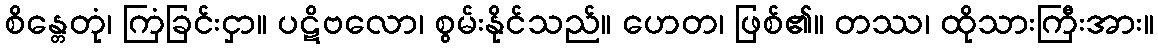
စိန္တေတုံ၊ ကြံခြင်းငှာ။ ပဋိဗလော၊ စွမ်းနိုင်သည်။ ဟေတ၊ ဖြစ်၏။ တဿ၊ ထိုသားကြီးအား။